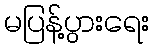
မပြန့်ပွားရေး